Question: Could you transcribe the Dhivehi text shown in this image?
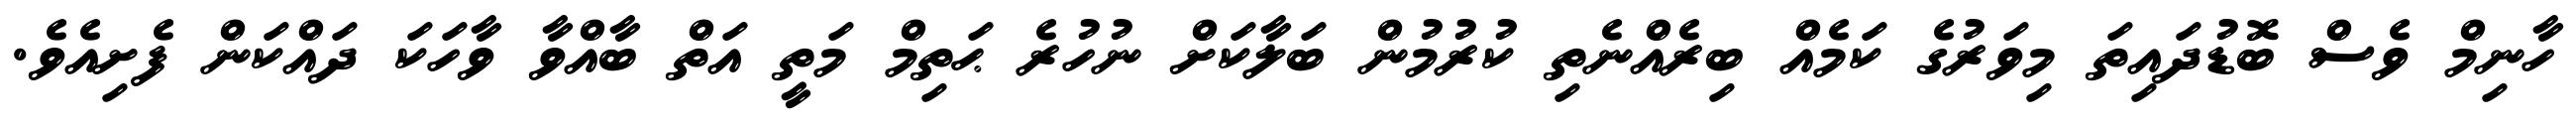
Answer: ހާނިމް ވެސް ބޮޑުދައިތަ މިވަރުގެ ކަމެއް ބިރެއްނެތި ކުރުމުން ބަލާކަށް ނުހުރެ ޙަތިމް މަތީ އަތް ބާއްވާ ވާހަކަ ދައްކަން ފެށިއެވެ.